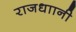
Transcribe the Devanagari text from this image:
राजधाानी